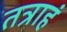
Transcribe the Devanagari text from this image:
तत्राहं